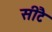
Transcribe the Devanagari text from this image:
सीटै